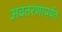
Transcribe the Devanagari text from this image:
अवतरणापर्यंत